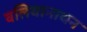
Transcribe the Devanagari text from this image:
वलियानाथन